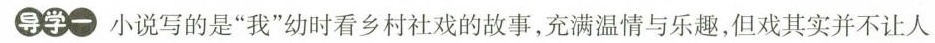
导学一 小说写的是”我”幼时看乡村社戏的故事，充满温情与乐趣，但戏其实并不让人